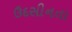
ઉદસીનતા